Annual statistical returns and brief notes on vaccination in Bengal - 1887-1898
Year: 1887
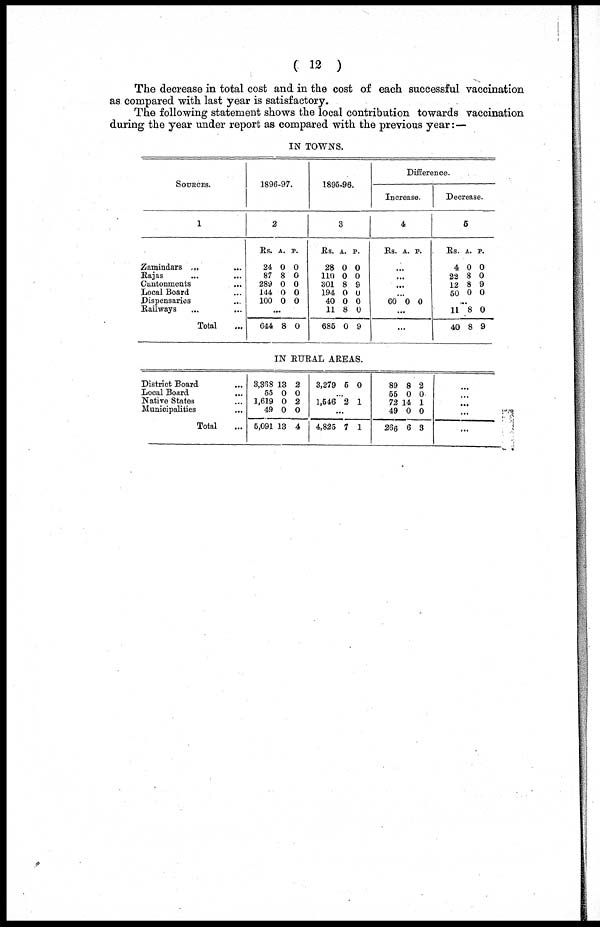
( 12 )
The decrease in total cost and in the cost of each successful vaccination
as compared with last year is satisfactory.
The following statement shows the local contribution towards vaccination
during the year under report as compared with the previous year:—
IN TOWNS.
SOURCES.
1
Zamindars ... ...
Rajas ... ...
Cantonments
...
Local Board ...
Dispensaries ...
Railways ...
Total ...
1896-97.
2
Rs.
24
87
289
144
100
A.
0
8
0
0
0
P.
0
0
0
0
0
...
644 8 0
1895.96.
3
Rs.
28
110
301
194
40
11
685
A.
0
0
8
0
0
8
0
P.
0
0
9
0
0
0
9
Difference.
Increase.
4
Rs. A. P.
...
...
...
...
60 0 0
...
...
Decrease.
5
Rs.
4
22
12
50
A.
0
8
8
0
P.
0
0
9
0
...
11
40
8
8
0
9
IN RURAL AREAS.
District Board ...
Local Board ...
Native States ...
Municipalities ...
Total ...
3,368
55
1,619
49
5,091
13
0
0
0
13
2
0
2
0
4
3,279 5 0
...
1,546 2 1
...
4,825 7 1
89
55
72
49
266
8
0
14
0
6
2
0
1
0
3
...
...
...
...
...